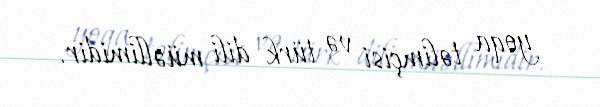
yoqa təlimçisi və türk dili müəllimidir.